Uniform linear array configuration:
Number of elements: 32
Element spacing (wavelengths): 0.75
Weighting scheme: kaiser
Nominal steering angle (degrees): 30
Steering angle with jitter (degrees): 30.431
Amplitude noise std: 0.05
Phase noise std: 0.05

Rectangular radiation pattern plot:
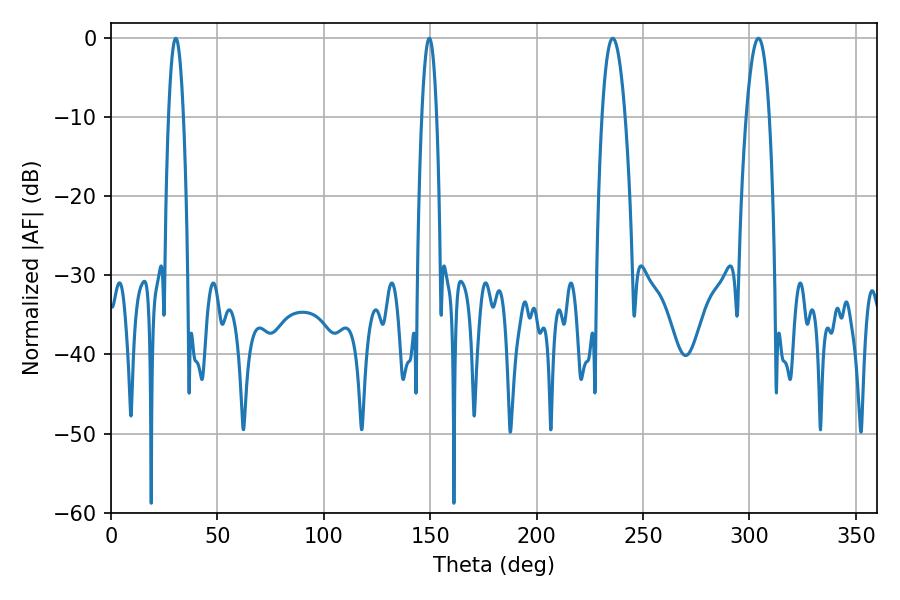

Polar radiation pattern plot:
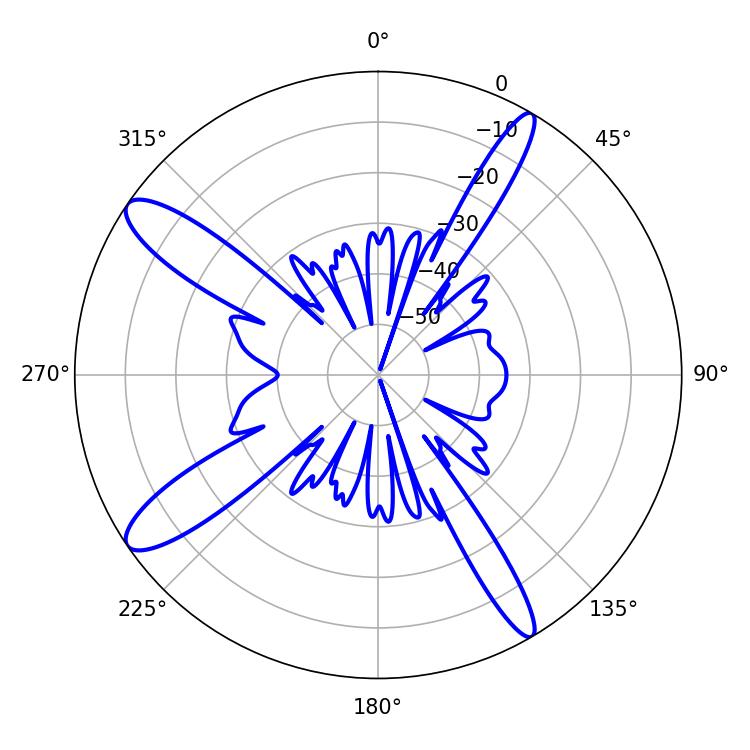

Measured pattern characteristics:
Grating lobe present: TRUE
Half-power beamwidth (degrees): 3.78
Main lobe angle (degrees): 30.42